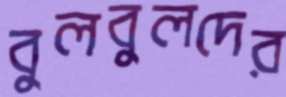
বুলবুলদের